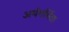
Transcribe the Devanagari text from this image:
अर्थगर्भिता